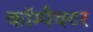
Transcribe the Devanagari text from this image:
कॉम्पैक्टर